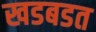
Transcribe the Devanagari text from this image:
खडबडत